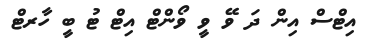
އިޓްސް އިން ދަ ވޭ ވީ ވޯންޓް އިޓް ޓު ބީ ހާރޓް